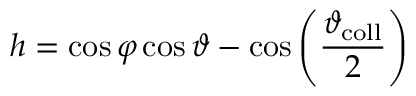
h = \cos { \varphi } \cos { \vartheta } - \cos \left( \frac { \vartheta _ { \mathrm { c o l l } } } { 2 } \right)